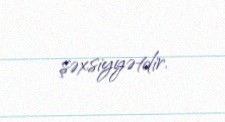
şəxsiyyətdir.